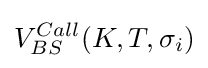
V_{BS}^{Call}(K,T,{\sigma _{i}})